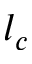
l _ { c }